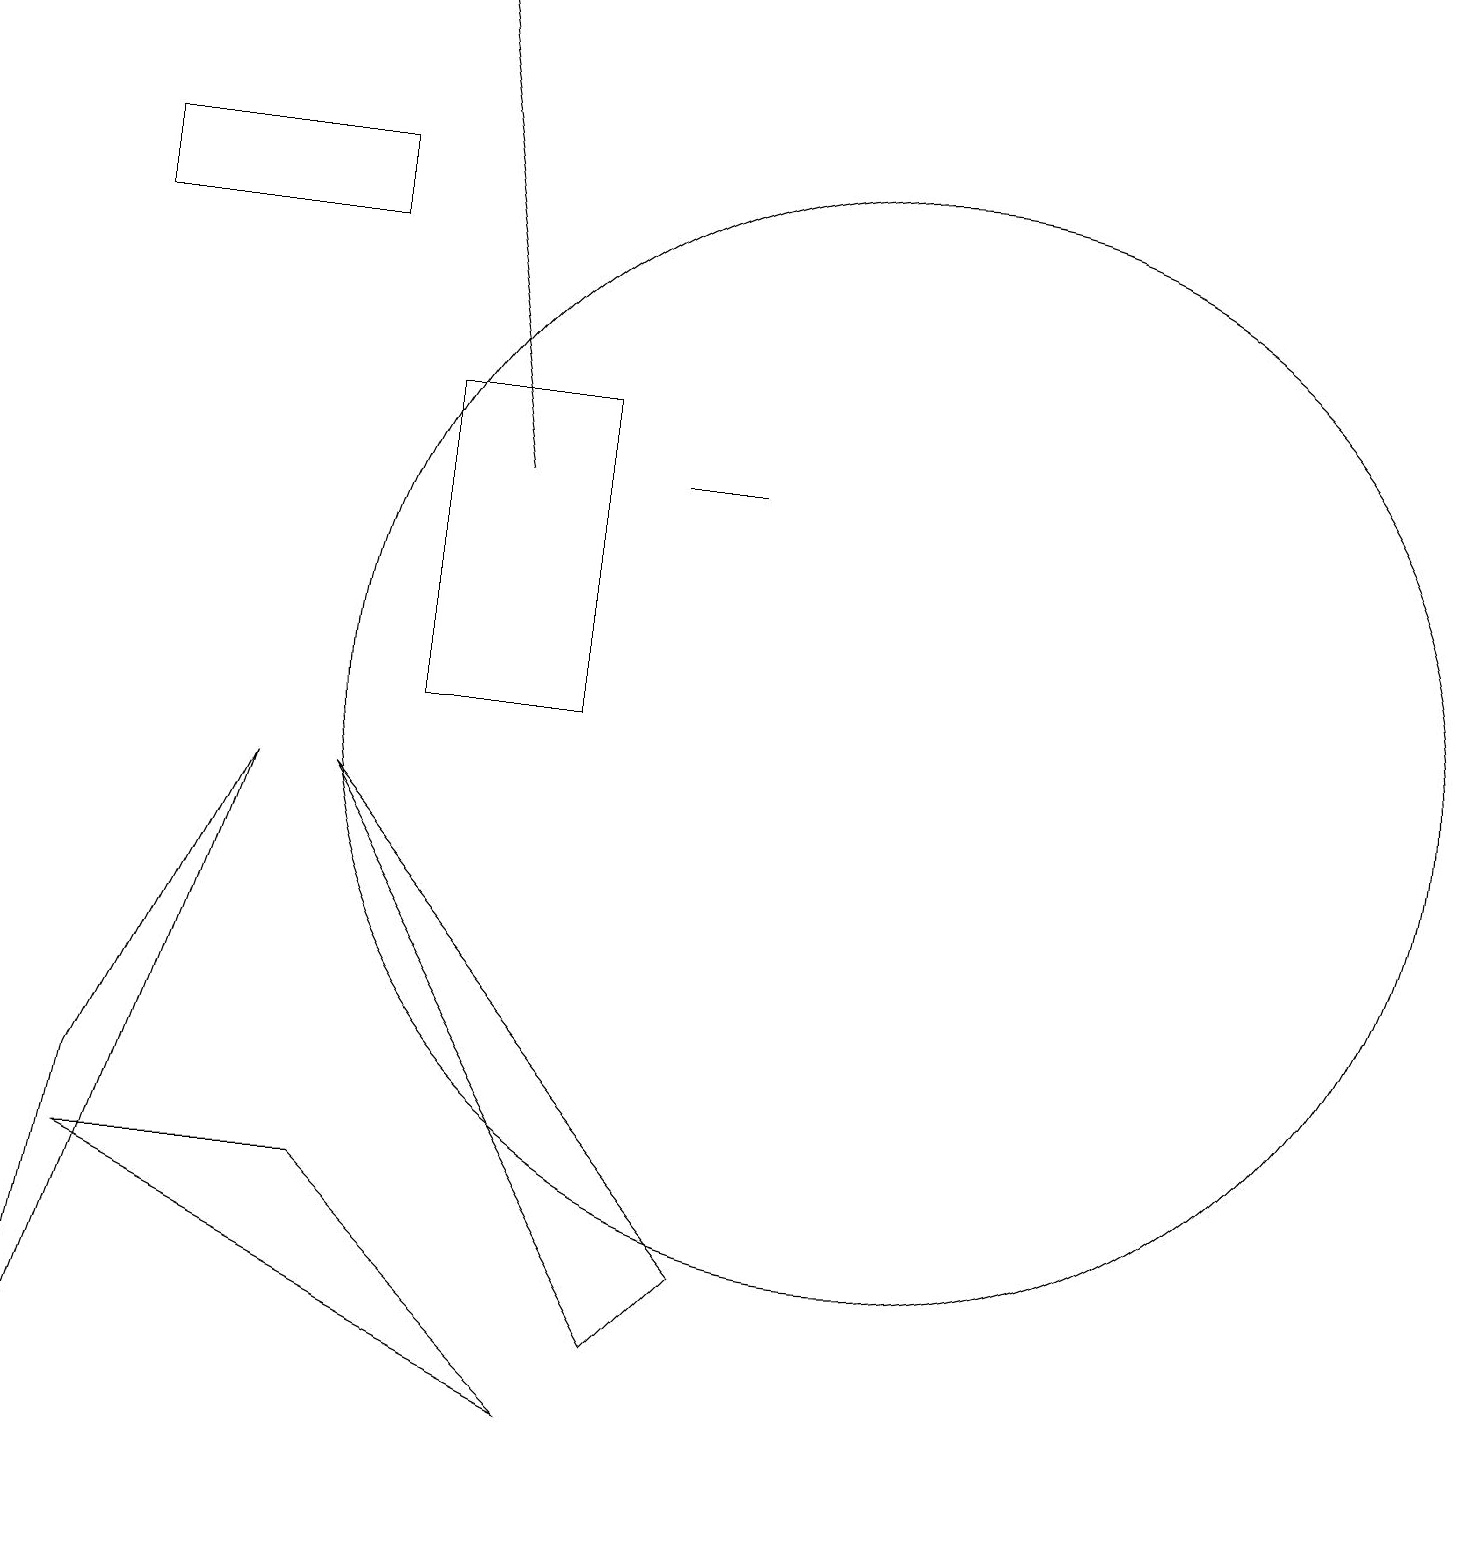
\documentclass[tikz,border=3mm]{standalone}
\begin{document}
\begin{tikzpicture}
\draw (1,4) -- (7,1) -- (4,4) -- cycle;
\draw (9,13) rectangle (8,13);
\draw (1,5) -- (3,9) -- (0,0) -- cycle;
\draw (7,10) rectangle (5,14);
\draw[->] (6,13) -- (5,19);
\draw (4,9) -- (9,3) -- (8,2) -- cycle;
\draw (4,16) rectangle (1,17);
\draw (11,10) circle (7);
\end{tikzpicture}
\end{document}